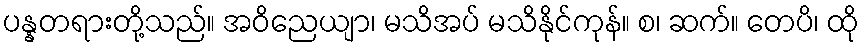
ပန္နတရားတို့သည်။ အဝိညေယျာ၊ မသိအပ် မသိနိုင်ကုန်။ စ၊ ဆက်။ တေပိ၊ ထို